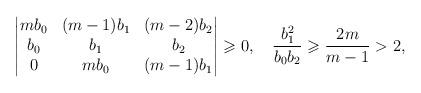
LaTeX: \begin{align*} \begin{vmatrix} mb_0&(m-1)b_1&(m-2)b_2\\ b_0 & b_1& b_2\\ 0 & mb_0&(m-1)b_1 \end{vmatrix}\geqslant 0, \quad \frac{b_1^2}{b_0b_2}\geqslant\frac{2 m}{m-1}>2,\end{align*}